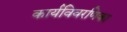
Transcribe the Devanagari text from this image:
कार्यविवरणिका